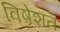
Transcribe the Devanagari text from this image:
विषेशत